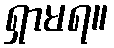
ရှာမရ။